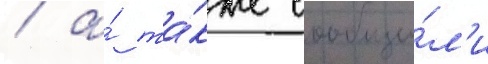
/ а́ та́кже сообщи́л'и